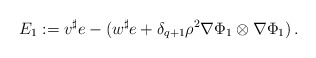
\begin{align*}E_1 := v^\sharp e - (w^\sharp e + \delta_{q+1} \rho^2 \nabla \Phi_1 \otimes \nabla \Phi_1)\, .\end{align*}